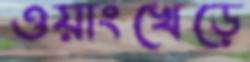
ওয়াংখেড়ে